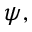
\psi ,